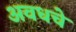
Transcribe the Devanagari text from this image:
अवधचे